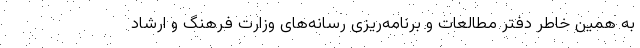
به همین خاطر دفتر مطالعات و برنامه‌ریزی رسانه‌های وزارت فرهنگ و ارشاد